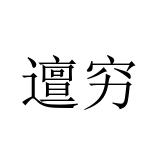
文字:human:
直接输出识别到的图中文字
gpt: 邅穷